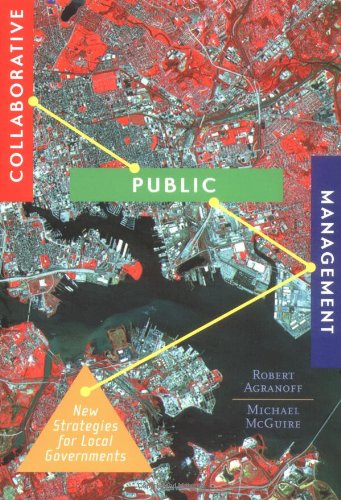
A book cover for Collaborative Public Management: New Strategies for Local Governments (American Government and Public Policy); Robert Agranoff; Business & Money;